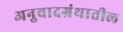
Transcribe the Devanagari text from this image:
अनुवादग्रंथातील